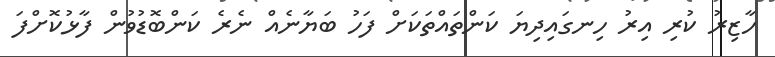
ހާޒިރު ކުރި އިރު ހިނގައިދިޔަ ކަންތައްތަކަށް ފަހު ބަޔާނެއް ނެެރެ ކަންބޮޑުވުން ފާޅުކޮށްފަ